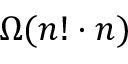
\Omega ( n ! \cdot n )